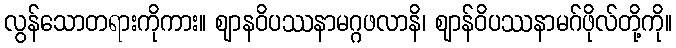
လွန်သောတရားကိုကား။ ဈာနဝိပဿနာမဂ္ဂဖလာနိ၊ ဈာန်ဝိပဿနာမဂ်ဖိုလ်တို့ကို။